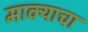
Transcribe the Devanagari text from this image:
माक्याचा